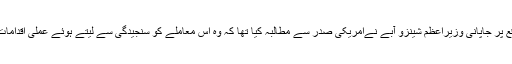
اس موقع پر جاپانی وزیراعظم شینزو آبے نےامریکی صدر سے مطالبہ کیا تھا کہ وہ اس معاملے کو سنجیدگی سے لیتے ہوئے عملی اقدامات کریں۔